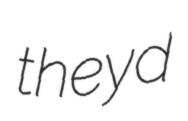
theyd